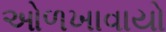
ઓળખાવાયો